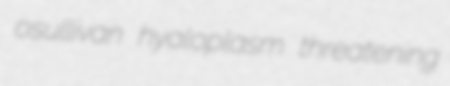
osullivan hyaloplasm threatening